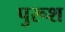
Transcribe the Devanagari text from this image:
पुरूश